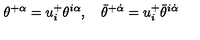
\theta ^ { + \alpha } = u _ { i } ^ { + } \theta ^ { i \alpha } , \quad \bar { \theta } ^ { + \dot { \alpha } } = u _ { i } ^ { + } \bar { \theta } ^ { i \dot { \alpha } }